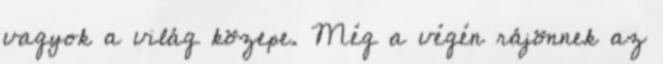
vagyok a világ közepe. Még a végén rájönnek az